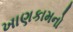
ખાણકામનો